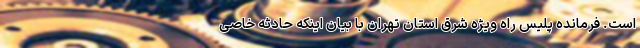
است. فرمانده پلیس راه ویژه شرق استان تهران با بیان اینکه حادثه خاصی